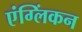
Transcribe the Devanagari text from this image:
एंग्लिंकन